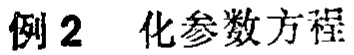
例2 化参数方程